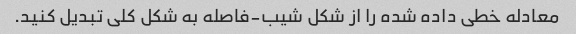
معادله خطی داده شده را از شکل شیب-فاصله به شکل کلی تبدیل کنید.